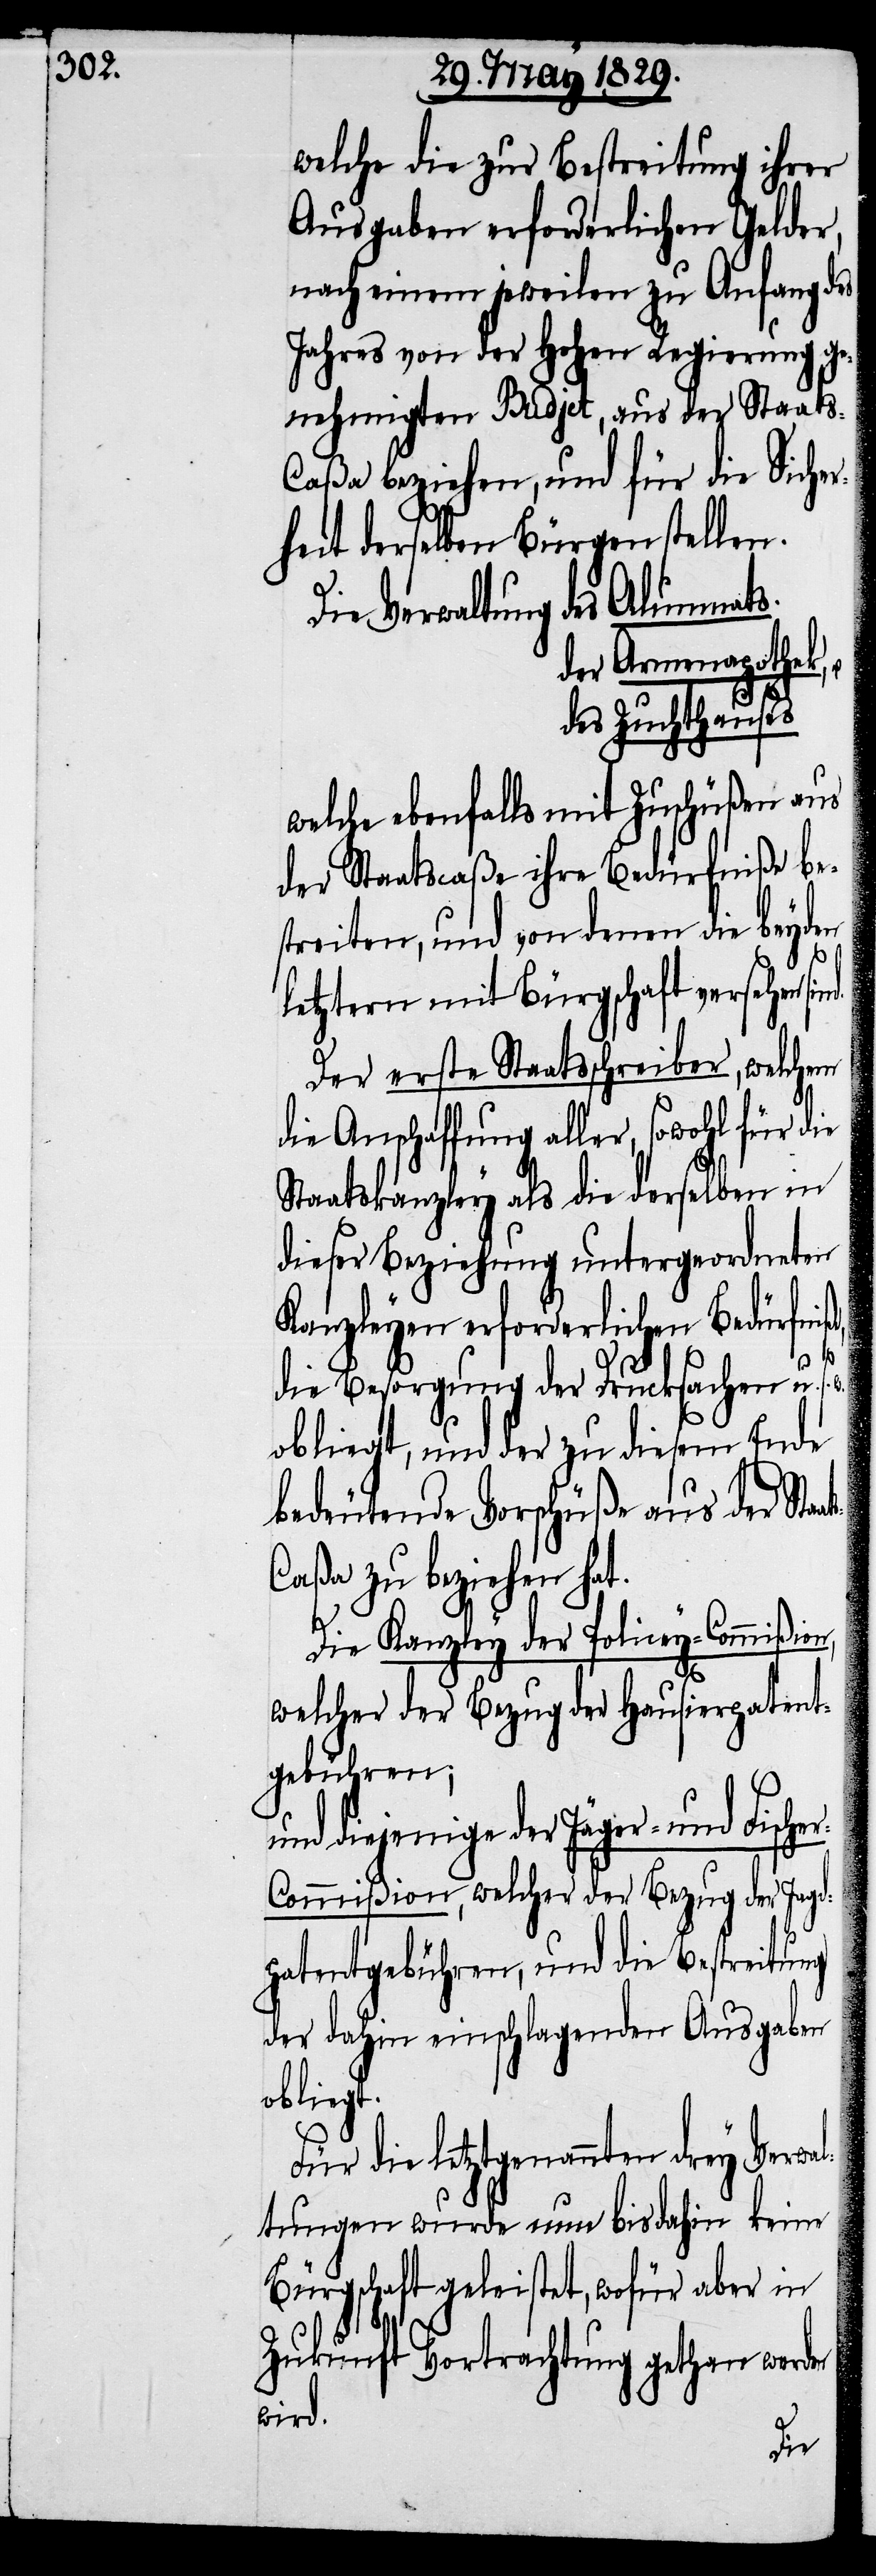
welche die zur Bestreitung ihrer
Ausgaben erforderlichen Gelder,
nach einem jeweilen zu Anfang des
Jahres von der Hohen Regierung ge¬
nehmigten Budjet, aus der Staat¬
s-Caßa beziehen, und für die Sicher¬
heit derselben Bürgen stellen.
Die Verwaltung des Alumnats.
der Armenapothek,
des Zuchthauses
welche ebenfalls mit Zuschüßen aus
der Staatscaße ihre Bedürfniße be¬
streiten, und von denen die beyden
letztern mit Bürgschaft versehen
Der erste Staatsschreiber, welchem
die Anschaffung aller, sowohl für die
Staatskanzley als die derselben in
dieser Beziehung untergeordneten
Kanzleyen erforderlichen Bedürfni¬
s-C¬
die Besorgung der Drucksachen u. s. w.
obliegt, und der zu diesem Ende
bedeutende Vorschüße aus der Sta¬
aßa zu beziehen hat.
t.
Die Kanzley der Policey-Commißion,
welcher der Bezug der Hausierpatent¬
gebühren;
und diejenige der Jäger- und Fische¬
r-Commißion, welcher der Bezug der Jagd¬
patentgebühren, und die Bestreitung
der dahin einschlagenden Ausgaben
oblieg¬
Für die letztgenannten drey Verwa¬
ltungen wurde nun bisher keine
Bürgschaft geleistet, wofür aber in
Zukunft Vortrachtung gethan werden
wird.